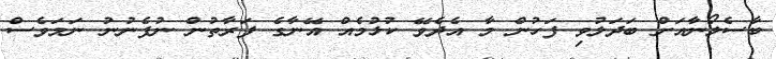
ބާސެލޯނާއަށް ބަދަލުވި ފަހުން މާ އެދެވޭ ކުޅުމެއް އޭނާގެ ފަރާތުން ނުފެނުނު ނަމަވެސް